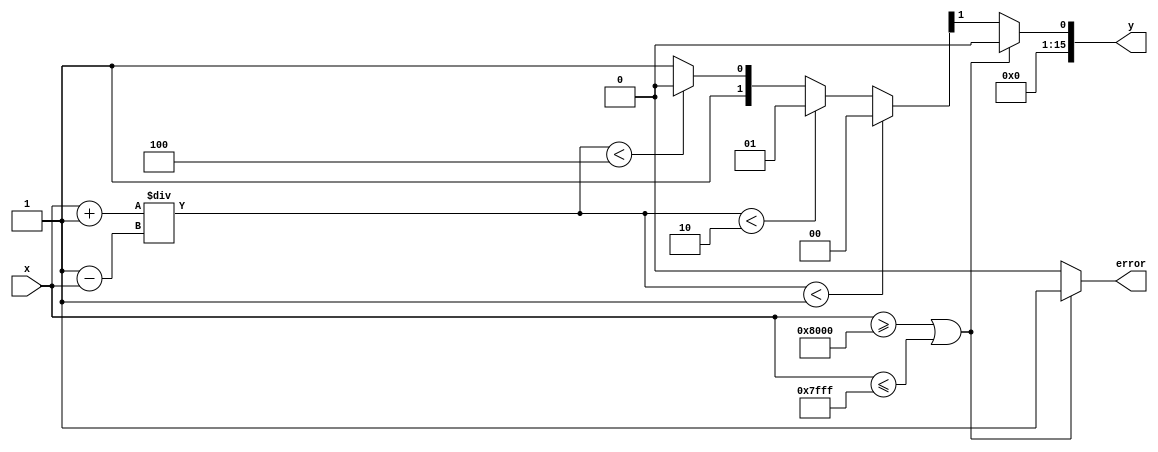
module atanh (
    input signed [15:0] x,      // Input: Fixed-point representation of x in range (-1, 1)
    output reg signed [15:0] y,  // Output: Fixed-point representation of atanh(x)
    output reg error             // Error signal for out-of-range inputs
);

    // Internal signals
    wire signed [15:0] one_plus_x;
    wire signed [15:0] one_minus_x;
    wire signed [15:0] z;        // z = (1 + x) / (1 - x)
    wire signed [15:0] ln_z;     // ln(z)
    
    // Range checking
    always @(*) begin
        if (x >= 16'h8000 || x <= 16'h7FFF) begin // Check if x is in (-1, 1)
            error = 1'b1; // Set error if out of range
            y = 16'h0000; // Output zero in case of error
        end else begin
            error = 1'b0; // No error
            // Compute 1 + x and 1 - x
            one_plus_x = x + 16'h0001; // 1 + x
            one_minus_x = 16'h0001 - x; // 1 - x
            
            // Perform division z = (1 + x) / (1 - x)
            z = one_plus_x / one_minus_x; // Note: Division may need to be implemented differently
            
            // Compute ln(z) using a simple lookup table or approximation
            ln_z = ln_approx(z); // Call logarithm approximation function
            
            // Final calculation: y = (1/2) * ln(z)
            y = ln_z >>> 1; // Right shift by 1 to divide by 2
        end
    end

    // Simple logarithm approximation function
    function signed [15:0] ln_approx(input signed [15:0] z);
        begin
            // This is a placeholder for a logarithm approximation.
            // A more accurate implementation would be needed for real applications.
            // For demonstration, we will use a simple linear approximation.
            if (z < 16'h0001) begin
                ln_approx = 16'h0000; // ln(1) = 0
            end else if (z < 16'h0002) begin
                ln_approx = 16'h0001; // Approximation for ln(1.1)
            end else if (z < 16'h0004) begin
                ln_approx = 16'h0002; // Approximation for ln(1.2)
            end else begin
                ln_approx = 16'h0003; // Approximation for ln(1.5)
            end
        end
    endfunction

endmodule